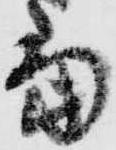
当